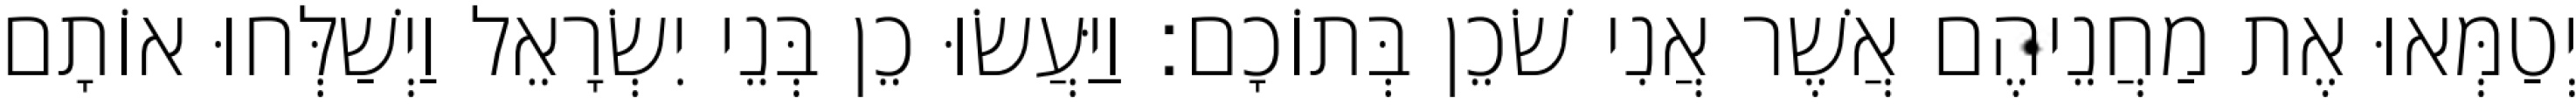
יְטַמְּאוּ אֶת מַחֲנֵיהֶם אֲשֶׁר אֲנִי שֹׁכֵן בְּתוֹכָם׃ וַיַּעֲשׂוּ כֵן בְּנֵי יִשְׂרָאֵל וַיְשַׁלְּחוּ אוֹתָם